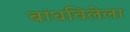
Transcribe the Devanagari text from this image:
बांधविलेला